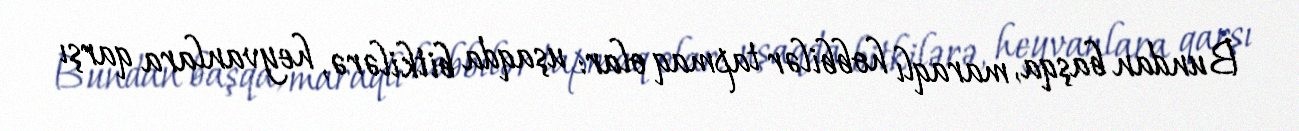
Bundan başqa, maraqlı hobbilər tapmaq olar: uşaqda bitkilərə, heyvanlara qarşı